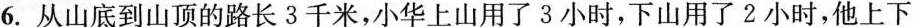
6.从山底到山顶的路长3千米，小华上山用了3小时，下山用了2小时，他上下